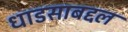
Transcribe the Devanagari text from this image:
धाडसाबद्दल